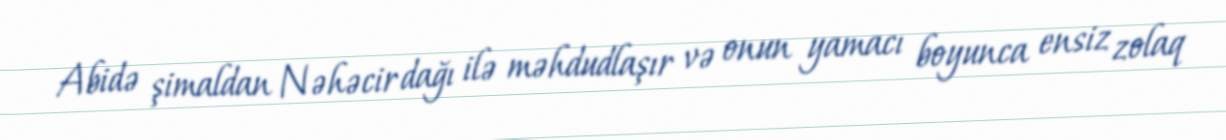
Abidə şimaldan Nəhəcir dağı ilə məhdudlaşır və onun yamacı boyunca ensiz zolaq